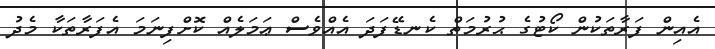
އެއިން ފަރާތަކުން ކޯޓުގެ ޙުރުމަތް ކެނޑޭފަދަ އެއްވެސް ޢަމަލެއް ކޮށްފިނަމަ އެފަރާތަކާ މެދު